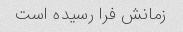
زمانش فرا رسیده است